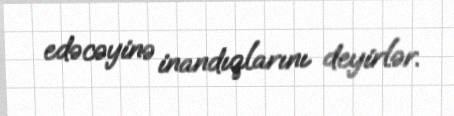
edəcəyinə inandıqlarını deyirlər.